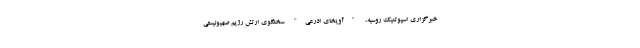
خبرگزاری اسپوتنیک روسیه، "آویخای ادرعی" سخنگوی ارتش رژیم صهیونیستی